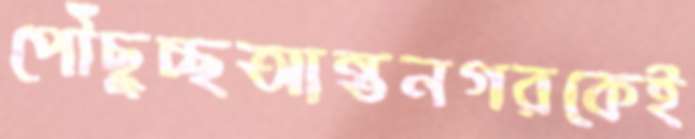
পৌঁছুচ্ছআন্তনগরকেই